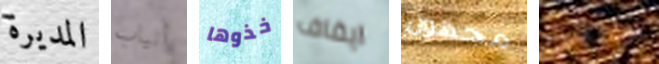
المديرة أنياب خذوها ايقاف مجهول حافظي